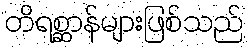
တိရစ္ဆာန်များဖြစ်သည်